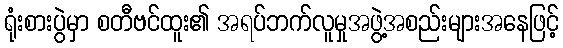
ရုံးစားပွဲမှာ စတီဗင်ထူး၏ အရပ်ဘက်လူမှုအဖွဲ့အစည်းများအနေဖြင့်